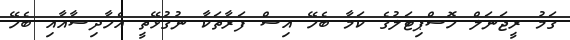
ގަމު ރީޖަނަލް ހޮސްޕިޓަލުގެ ކަމާ ބެހޭ އިސް ފަރާތަކާ ނުގުޅޭތީ އެހާދިސާއާއި ބެހޭ